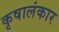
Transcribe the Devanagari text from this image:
कृषालंकार